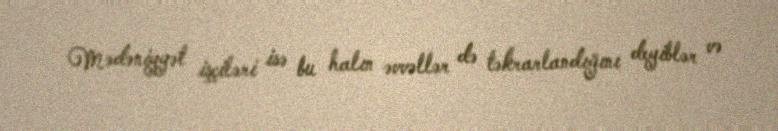
Mədəniyyət işçiləri isə bu halın əvvəllər də təkrarlandığını deyiblər və